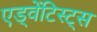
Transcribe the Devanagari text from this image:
एड्वेंटिस्ट्स